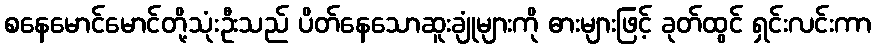
စနေမောင်မောင်တို့သုံးဦးသည် ပိတ်နေသောဆူးချုံများကို ဓားများဖြင့် ခုတ်ထွင် ရှင်းလင်းကာ